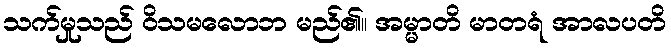
သက်မှုသည် ဝိသမလောဘ မည်၏။ အမ္မာတိ မာတရံ အာလပတိ